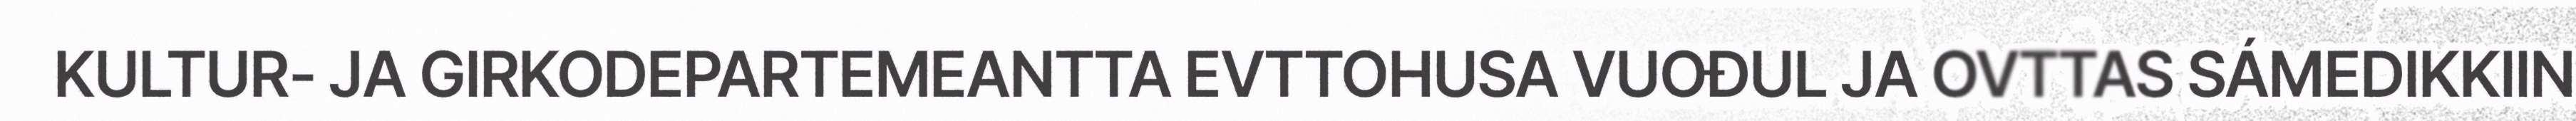
KULTUR- JA GIRKODEPARTEMEANTTA EVTTOHUSA VUOĐUL JA OVTTAS SÁMEDIKKIIN